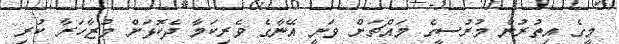
މީގެ އިތުރުން މުރުސީގެ މައްޗަށް ވަނީ އޭނާގެ ވެރިކަމާ ދެކޮޅަށް މުޒާހަރާ ކުރި